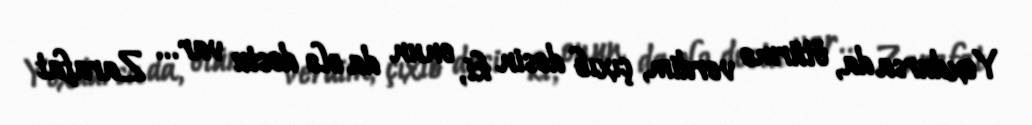
Yoxdursa da, ötürmə verdim, çıxıb desin ki, onun da elə dostu var... Zarafat